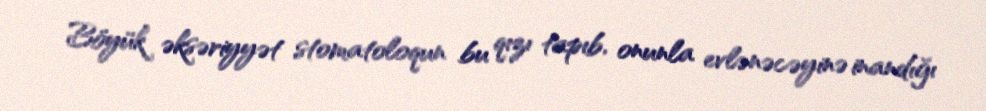
Böyük əksəriyyət stomatoloqun bu qızı tapıb, onunla evlənəcəyinə inandığı